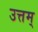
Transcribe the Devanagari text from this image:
उत्तम्